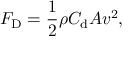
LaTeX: F _ { \mathrm { D } } = { \frac { 1 } { 2 } } \rho C _ { \mathrm { d } } A v ^ { 2 } ,